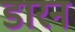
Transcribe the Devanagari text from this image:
डारन